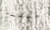
خلقنا